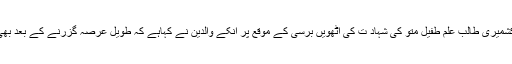
11 جون2018ء) مقبوضہ کشمیرمیں2010میں بھارتی فورسز کے ہاتھوں شہید ہونیوالے کشمیری طالب علم طفیل متو کی شہاد ت کی آٹھویں برسی کے موقع پر انکے والدین نے کہاہے کہ طویل عرصہ گزرنے کے بعد بھی ان کے بیٹے کے قاتل آزاد گھوم رہے ہیں اور انہیں ابھی تک انصاف فراہم نہیں کیاگیا ہے ۔